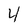
Character: 4